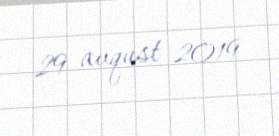
29 avqust 2019